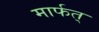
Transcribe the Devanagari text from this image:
मार्फत्‌